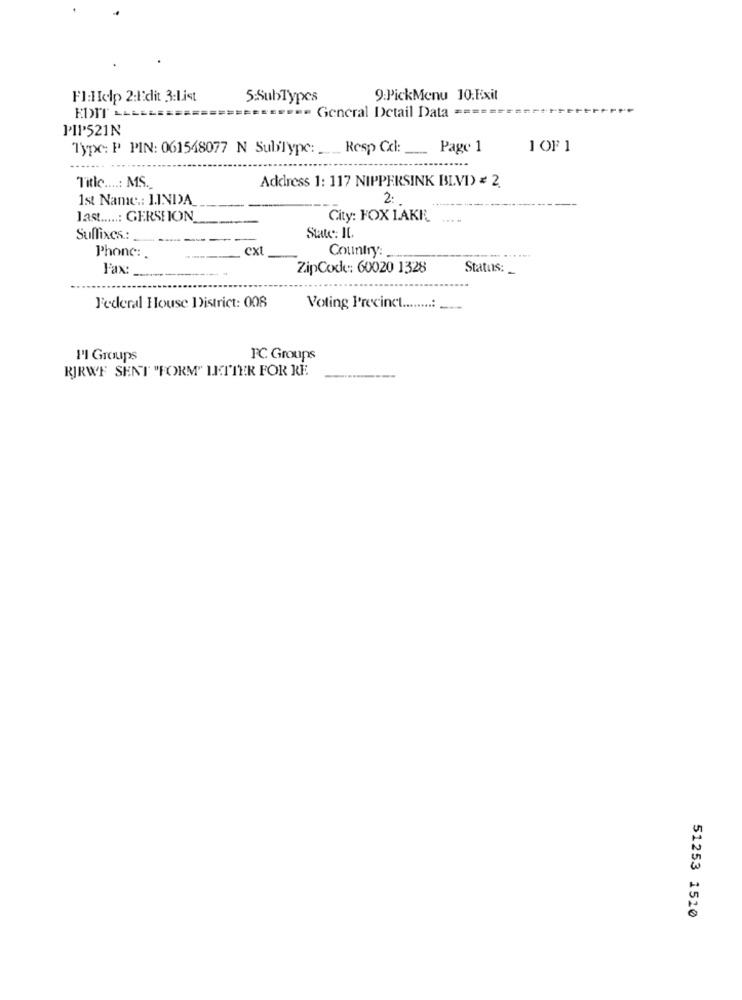
Fl:Help 2:Edit 3:1.ist
5:SubTypes
9:PickMenu 10:Exit
EDIT LALEEE
== General Detail Data ========
PIP521N
Type: P PIN: 061548077 N SubType :_ Resp Cd: Page 1
1 OF 1
Address 1: 117 NIPPERSINK BLVD) = 2.
Title ....: MS.
1st Name .: 1.INDA_
2.
last .....: GERSHION
City: FOX LAKE
State: IL.
Suffixes .:
cxt
Country:
Phone :.
Fax:
ZipCode: 60020 1328
Status: _
Federal House District: 008
Voting Precinct ........: ___
1'I Groups
FC Groups
RIRWF SENT "FORM" LETTER FOR RE
51253 1510